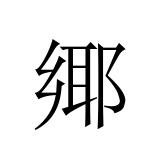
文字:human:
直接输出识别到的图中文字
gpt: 鄊